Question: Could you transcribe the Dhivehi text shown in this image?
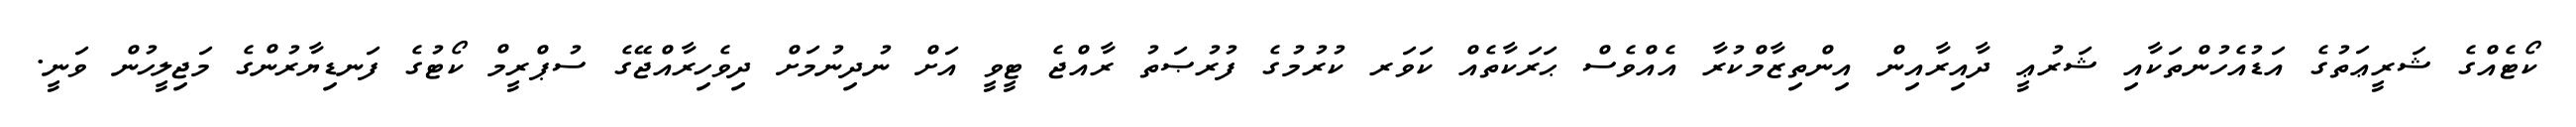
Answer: ކޯޓެއްގެ ޝަރީޢަތުގެ އަޑުއެހުންތަކާއި ޝަރުޢީ ދާއިރާއިން އިންތިޒާމްކުރާ އެއްވެސް ޙަރަކާތެއް ކަވަރ ކުރުމުގެ ފުރުޞަތު ރާއްޖެ ޓީވީ އަށް ނުދިނުމަށް ދިވެހިރާއްޖޭގެ ސުޕްރީމް ކޯޓުގެ ފަނޑިޔާރުންގެ މަޖިލީހުން ވަނީ.